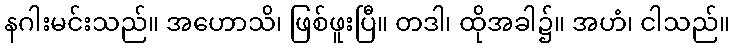
နဂါးမင်းသည်။ အဟောသိ၊ ဖြစ်ဖူးပြီ။ တဒါ၊ ထိုအခါ၌။ အဟံ၊ ငါသည်။